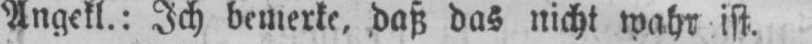
Angekl.: Ich bemerke, daß das nicht wahr ist.